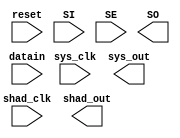
////////////////////////////////////////////////////////////////////////////////
//
//       This confidential and proprietary software may be used only
//     as authorized by a licensing agreement from Synopsys Inc.
//     In the event of publication, the following notice is applicable:
//
//                    (C) COPYRIGHT 1995 - 2023 SYNOPSYS INC.
//                           ALL RIGHTS RESERVED
//
//       The entire notice above must be reproduced on all authorized
//     copies.
//
//
// VERSION:   Simulation Architecture
//
// DesignWare_version: b6390124
// DesignWare_release: U-2022.12-DWBB_202212.5
//
////////////////////////////////////////////////////////////////////////////////
//-----------------------------------------------------------------------------------
//
// ABSTRACT:  Shadow and Multibit Register
//
//           Changed Port and Parameter
//           names to match sldb in case.
//           
//    	     Rong 			Aug 26, 1999
// 	     Add parameter checking and x-handling.
//           Reto Zimmermann            Nov 04, 1999
//           Adapt to new coding guidelines
//------------------------------------------------------------------------------
//
module DW04_shad_reg
  (datain, sys_clk, shad_clk, reset, SI, SE,
   sys_out, shad_out, SO);

  parameter integer width = 8;
  parameter integer bld_shad_reg = 0;

  input  [width-1:0] datain;
  input  sys_clk, shad_clk, reset, SI, SE;
  output [width-1:0] sys_out, shad_out;
  output SO;

  reg  [width-1:0] sys_out_int, next_sys_out_int;
  reg  [width-1:0] shad_out_int, next_shad_out_int;
  
  // synopsys translate_off
  

  
 
  initial begin : parameter_check
    integer param_err_flg;

    param_err_flg = 0;
    
 
    
    if ( (width < 1) || (width > 512 ) ) begin
      param_err_flg = 1;
      $display(
	"ERROR: %m :\n  Invalid value (%d) for parameter width (legal range: 1 to 512 )",
	width );
    end
    
    if ( (bld_shad_reg < 0) || (bld_shad_reg > 1 ) ) begin
      param_err_flg = 1;
      $display(
	"ERROR: %m :\n  Invalid value (%d) for parameter bld_shad_reg (legal range: 0 to 1 )",
	bld_shad_reg );
    end
  
  
    if ( param_err_flg == 1) begin
      $display(
        "%m :\n  Simulation aborted due to invalid parameter value(s)");
      $finish;
    end

  end // parameter_check 



  always @ (datain)
    next_sys_out_int = datain;

  
  always @ (sys_out_int or shad_out_int or SE or SI)
  begin : mk_next_sys_out_int

    if (SE === 1'b0)
      next_shad_out_int = sys_out_int;
    
    else if (SE === 1'b1)
      next_shad_out_int = {shad_out_int, SI};
    
    else
      next_shad_out_int = {width{1'bx}};

  end // mk_next_sys_out_int


  always @ (posedge sys_clk or negedge reset)
  begin : sys_clk_register

    if (reset === 1'b0)
      sys_out_int <= {width{1'b0}};

    else if (reset === 1'b1)
      sys_out_int <= next_sys_out_int;

    else
      sys_out_int <= {width{1'bx}};

  end // sys_clk_register


  always @ (posedge shad_clk or negedge reset)
  begin : shad_clk_register

    if (bld_shad_reg) begin

      if (reset === 1'b0)
	shad_out_int <= {width{1'b0}};

      else if (reset === 1'b1)
	shad_out_int <= next_shad_out_int;

      else
	shad_out_int <= {width{1'bx}};

    end
  end // shad_clk_register


  assign sys_out = sys_out_int;
  assign shad_out = shad_out_int;
  assign SO = shad_out_int[width-1];


  
`ifndef DW_DISABLE_CLK_MONITOR
`ifndef DW_SUPPRESS_WARN
  always @ (sys_clk) begin : sys_clk_monitor 
    if ( (sys_clk !== 1'b0) && (sys_clk !== 1'b1) && ($time > 0) )
      $display ("WARNING: %m:\n at time = %0t: Detected unknown value, %b, on sys_clk input.", $time, sys_clk);
    end // sys_clk_monitor 
`endif
`endif
  
`ifndef DW_DISABLE_CLK_MONITOR
`ifndef DW_SUPPRESS_WARN
  always @ (shad_clk) begin : shad_clk_monitor 
    if ( (shad_clk !== 1'b0) && (shad_clk !== 1'b1) && ($time > 0) )
      $display ("WARNING: %m:\n at time = %0t: Detected unknown value, %b, on shad_clk input.", $time, shad_clk);
    end // shad_clk_monitor 
`endif
`endif

    
  // synopsys translate_on

endmodule